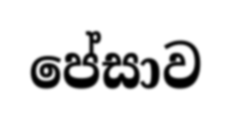
පේසාව